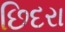
છિદરા